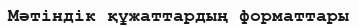
Мәтіндік құжаттардың форматтары